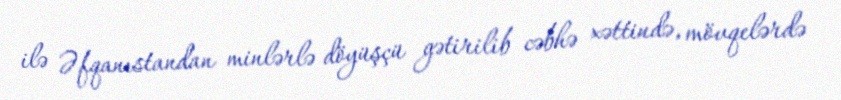
ilə Əfqanıstandan minlərlə döyüşçü gətirilib cəbhə xəttində, mövqelərdə